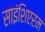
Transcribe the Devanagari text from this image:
साइंशिएरम